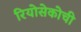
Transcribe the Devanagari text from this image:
रियोसेकोची